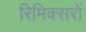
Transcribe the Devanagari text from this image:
रिमिक्सरों